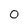
Character: 0